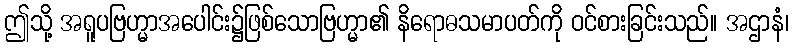
ဤသို့ အရူပဗြဟ္မာအပေါင်း၌ဖြစ်သောဗြဟ္မာ၏ နိရောဓသမာပတ်ကို ဝင်စားခြင်းသည်။ အဌာနံ၊